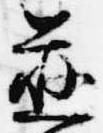
慈